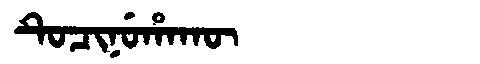
Manchu: ᡨᡠᠴᡳᠨᡠᡥᠠᡴᡡ
Romanization: TUCINUHAKŪ